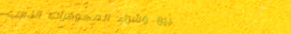
بيع وشراء المجوهرات الذهب